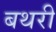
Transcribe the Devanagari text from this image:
बथरी